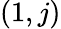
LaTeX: \left(1,j\right)